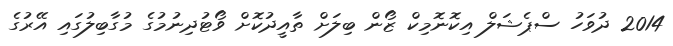
2014 ދުވަހު ސްޕެޝަލް އިކޮނޮމިކް ޒޯން ބިލަށް ތާއީދުކޮށް ވޯޓުދިނުމުގެ މުގާބިލުގައި އޭރުގެ